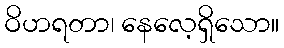
ဝိဟရတာ၊ နေလေ့ရှိသော။